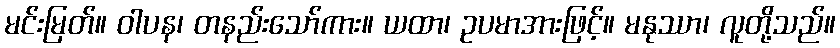
မင်းမြတ်။ ဝါပန၊ တနည်းသော်ကား။ ယထာ၊ ဥပမာအားဖြင့်။ မနုဿာ၊ လူတို့သည်။